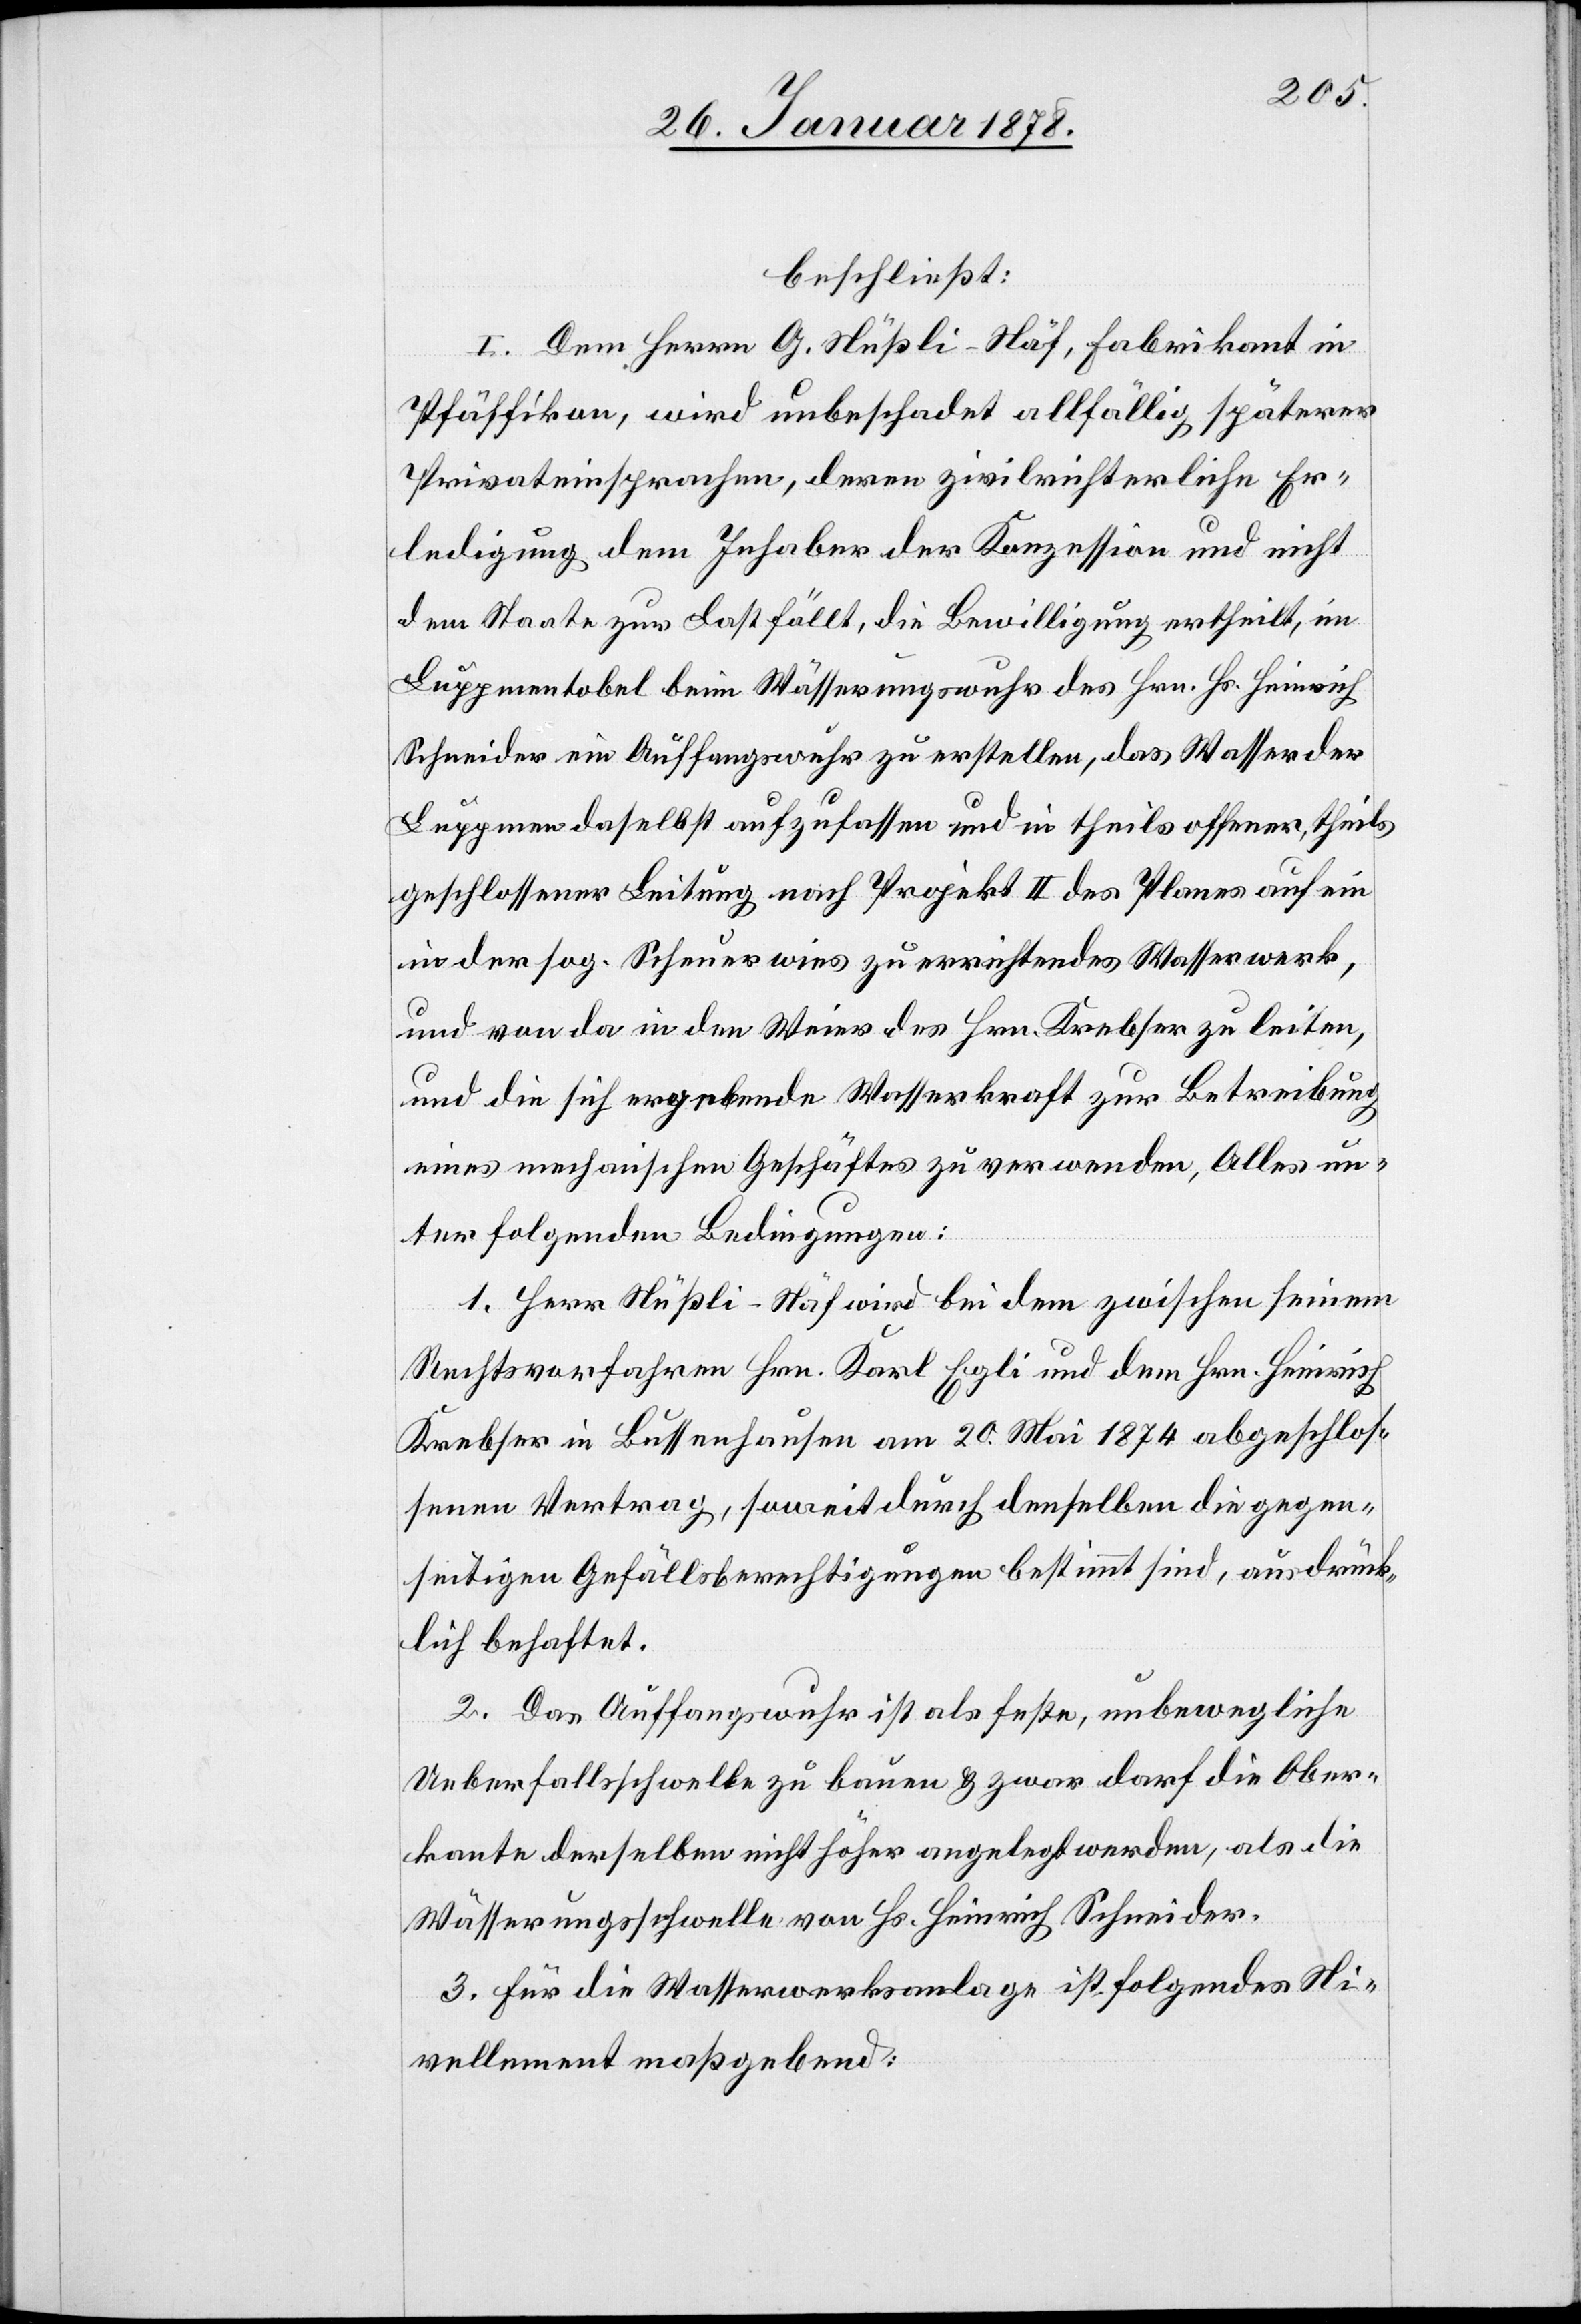
beschließt:
I. Dem Herren G. Nüßli-Näf, Fabrikant in
Pfäffikon, wird unbeschadet allfällig späterer
Privateinsprachen, deren zivilrichterliche Er¬
ledigung dem Inhaber der Konzession und nicht
dem Staate zur Last fällt, die Bewilligung ertheilt, im
Luppmentobel beim Wässerungswuhr des Hrn. Hs. Heinrich
Schneider ein Auffangswuhr zu erstellen, das Wasser der
Luppmen daselbst aufzufassen und in theils offener, theils
geschlossener Leitung nach Projekt II des Planes auf ein
in der sog. Scheuerwies zu errichtendes Wasserwerk,
und von da in den Weier des Hrn. Krebser zu leiten,
und die sich ergebende Wasserkraft zur Betreibung
eines mechanischen Geschäftes zu verwenden, Alles un¬
ter folgenden Bedingungen:
1. Herr Nüßli-Näf wird bei dem zwischen seinem
Rechtsvorfahren Hrn. Karl Egli und dem Hrn. Heinrich
Krebser in Bussenhausen am 20. Mai 1874 abgeschlos¬
senen Vertrag, soweit durch denselben die gegen¬
seitigen Gefällsberechtigungen bestimmt sind, ausdrück¬
lich behaftet.
2. Das Auffangswuhr ist als feste, unbewegliche
Ueberfallsschwelle zu bauen & zwar darf die Ober¬
kante derselben nicht höher angelegt werden, als die
Wässerungsschwelle von Hs. Heinrich Schneider.
3. Für die Wasserwerksanlage ist folgendes Ni¬
vellement maßgebend: